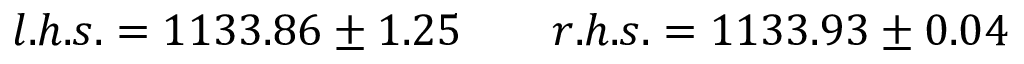
l . h . s . = 1 1 3 3 . 8 6 \pm 1 . 2 5 \qquad r . h . s . = 1 1 3 3 . 9 3 \pm 0 . 0 4